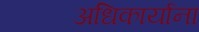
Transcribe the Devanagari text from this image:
अधिकार्याना